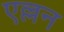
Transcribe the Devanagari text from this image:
एल्लन